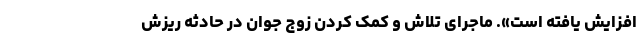
افزایش یافته است». ماجرای تلاش و کمک کردن زوج جوان در حادثه ریزش